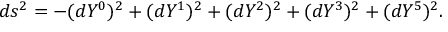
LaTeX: d s ^ { 2 } = - ( d Y ^ { 0 } ) ^ { 2 } + ( d Y ^ { 1 } ) ^ { 2 } + ( d Y ^ { 2 } ) ^ { 2 } + ( d Y ^ { 3 } ) ^ { 2 } + ( d Y ^ { 5 } ) ^ { 2 } .